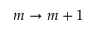
m \rightarrow m + 1